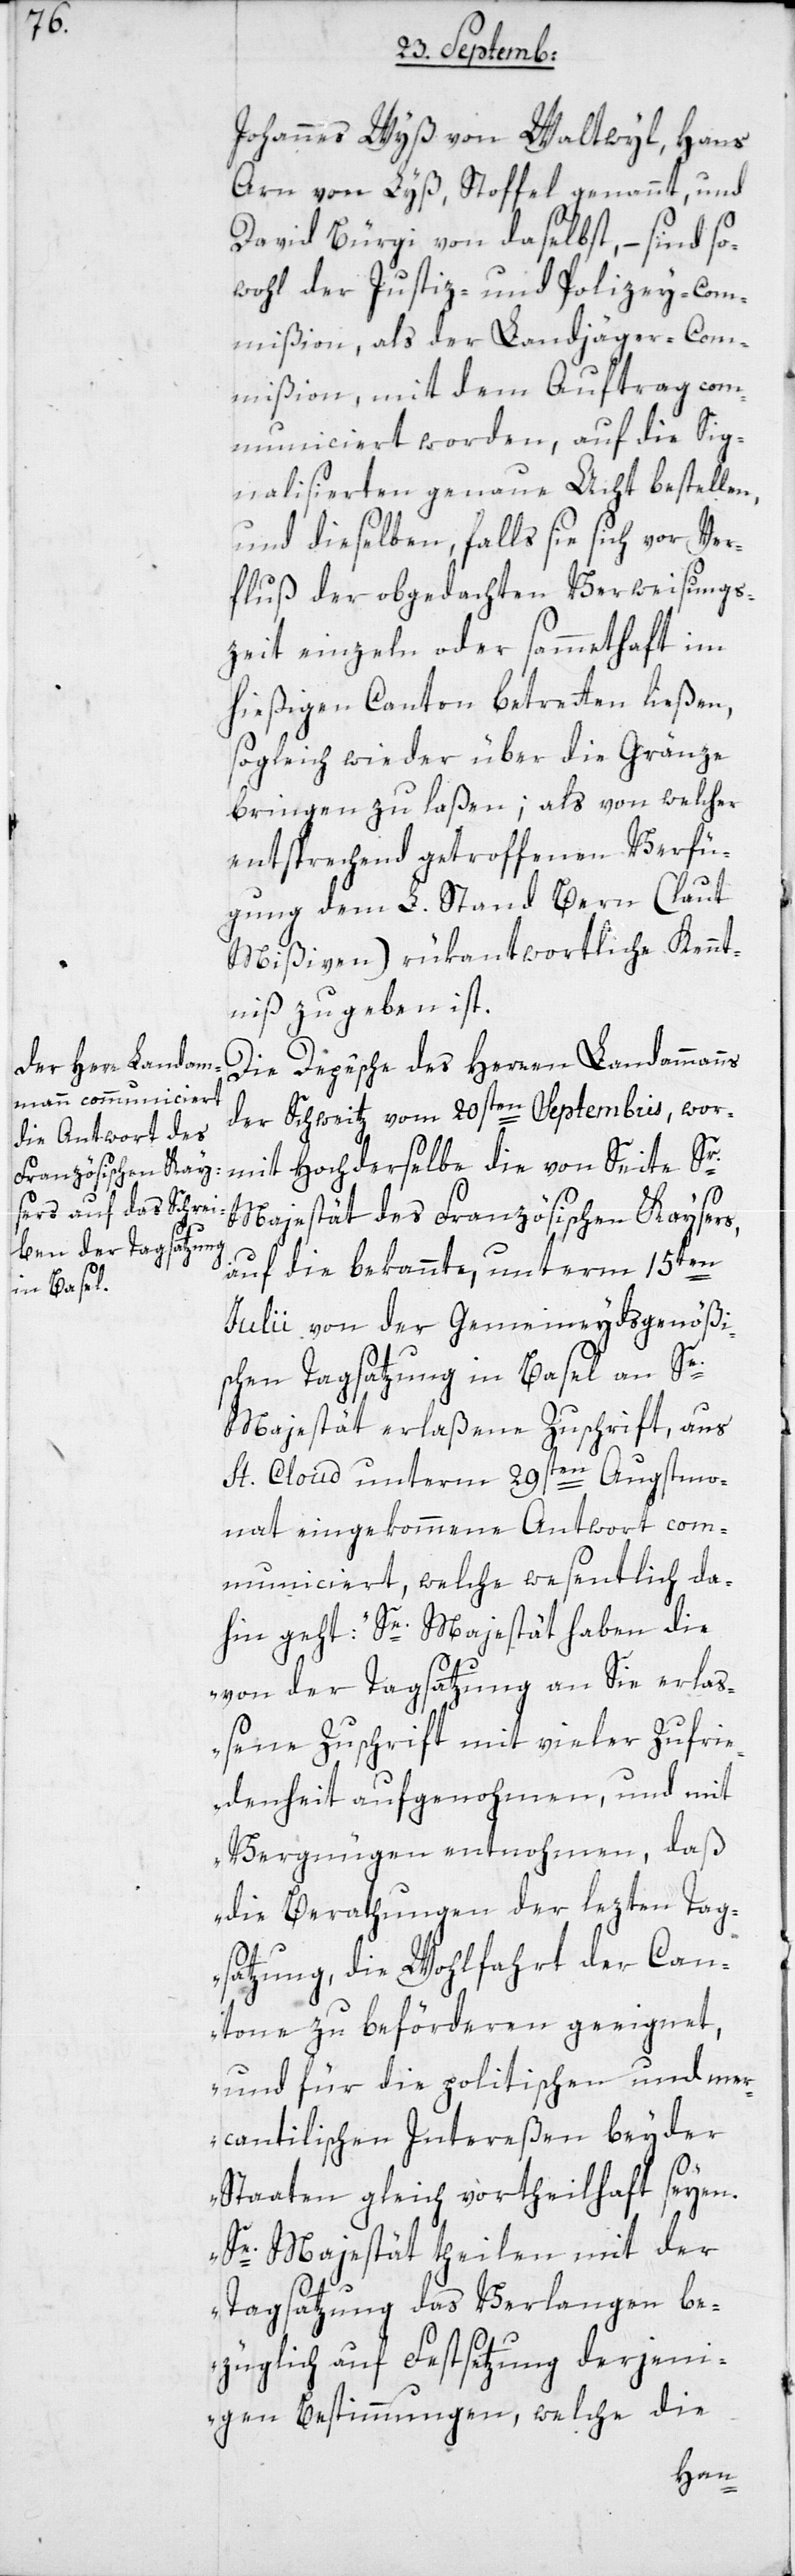
Johannes Wyß von Waltwyl; Hans
Arn von Lyß, Stoffel genannt; und
David Bürgi von daselbst, – sind so¬
wohl der Justiz- und Polizey-Com¬
mißion als der Landjäger-Com¬
mißion , mit dem Auftrag com¬
municiert worden, auf die Sig¬
nalisierten genaue Acht bestellen,
und dieselben, falls sie sich vor Ver¬
fluß der obgedachten Verweisungs¬
zeit einzeln oder sammethaft im
hießigen Canton betretten ließen,
sogleich wieder über die Gränze
bringen zu laßen; als von welcher
entsprechend getroffenen Verfü¬
gung dem L. Stand Bern (laut
Mißiven) rükantwortliche Kennt¬
niß zu geben ist.
Die Depêche des Herren Landammanns
der Schweitz vom 20sten Septembris, wor¬
mit hochderswelbe die von Seite Sr.
Majestät des Französischen Kaysers,
auf die bekannte, unterm 15ten
Julii von der Gemeineydsgenößi¬
schen Tagsatzung in Basel an Se.
Majestät erlaßene Zuschrift, aus
St. Cloud unterm 29sten Augstmo¬
nat eingekommene Antwort com¬
municiert, welche wesentlich da¬
hin geht: „Se. Majestät haben die
von der Tagsatzung an Sie erlaß¬
ene Zuschrift mit vieler Zufrie¬
denheit aufgenohmen, und mit
Vergnügen entnohmen, daß
die Berathungen der lezten Tag¬
satzung, die Wohlfahrt der Can¬
tone zu beförderen geeignet,
und für die politischen und mer¬
cantilischen Intereßen beyder
Staaten gleich vortheilhaft seyen.
Se. Majestät theilen mit der
Tagsatzung das Verlangen be¬
züglich auf Festsetzung derjeni¬
gen Bestimmungen, welche die